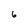
Character: 6